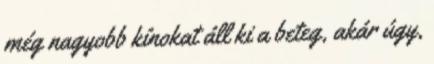
még nagyobb kínokat áll ki a beteg, akár úgy,